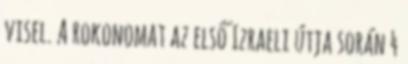
visel. A rokonomat az első Izraeli útja során 4